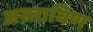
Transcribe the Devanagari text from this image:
अस्ताविण